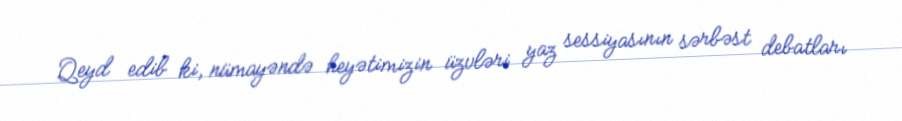
Qeyd edib ki, nümayəndə heyətimizin üzvləri yaz sessiyasının sərbəst debatları